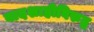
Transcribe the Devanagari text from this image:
बादशाहीविरुद्ध